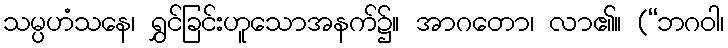
သမ္ပဟံသနေ၊ ရွှင်ခြင်းဟူသောအနက်၌။ အာဂတော၊ လာ၏။ (“ဘဂဝါ၊